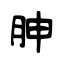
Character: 胂